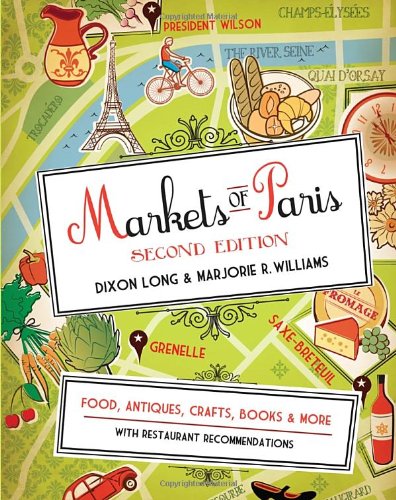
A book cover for Markets of Paris, 2nd Edition: Food, Antiques, Crafts, Books, and More; Dixon Long; Business & Money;